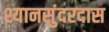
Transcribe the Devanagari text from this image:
श्यानसुंदरदास